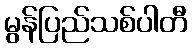
မွန်ပြည်သစ်ပါတီ